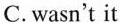
C.wasn't it